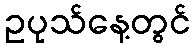
ဥပုသ်နေ့တွင်